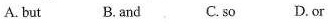
A.but B.And C. so D.Or